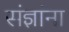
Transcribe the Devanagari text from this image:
संज्ञांना